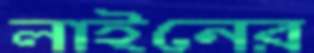
লাইনের